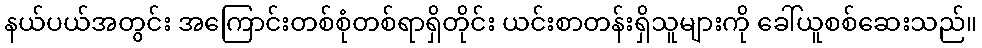
နယ်ပယ်အတွင်း အကြောင်းတစ်စုံတစ်ရာရှိတိုင်း ယင်းစာတန်းရှိသူများကို ခေါ်ယူစစ်ဆေးသည်။